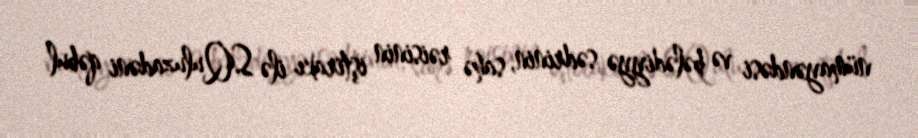
nümayəndəsi və bələdiyyə sədrinin, sahə rəisinin iştirakı ilə S.Quluzadəni qəbul